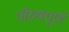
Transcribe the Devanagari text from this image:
पौरुषपूर्ण